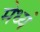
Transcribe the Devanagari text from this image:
मेध्यं